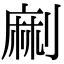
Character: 𠞥